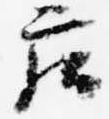
庄